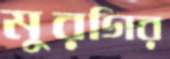
মুরগির